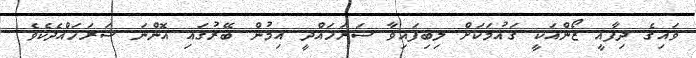
ވައިގެ ދިފާއީ ޒޯންއަކީ ގައުމަކަށް ލިބިފައިވާ ސަރަހައްދީ އިމުން ބޭރުގައި އޮންނަ ސަރަހައްދެކެވެ.